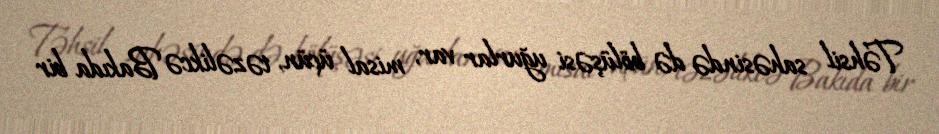
Təhsil sahəsində də bölüşəsi uğurlar var, misal üçün, təzəlikcə Bakıda bir